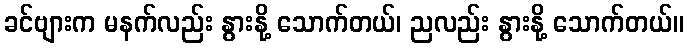
ခင်ဗျားက မနက်လည်း နွားနို့ သောက်တယ်၊ ညလည်း နွားနို့ သောက်တယ်။